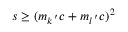
s \ge ( m _ { k ^ { \, ^ { \prime } } } c + m _ { l ^ { \, ^ { \prime } } } c ) ^ { 2 }